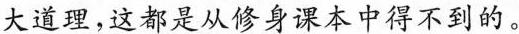
大道理，这都是从修身课本中得不到的。